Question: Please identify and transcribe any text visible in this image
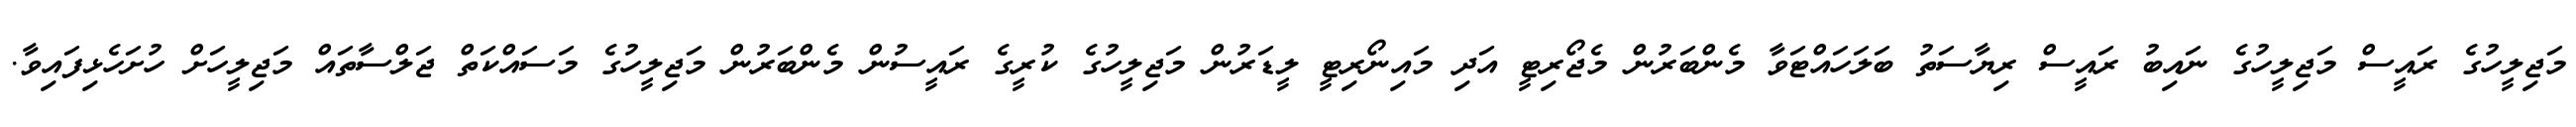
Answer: މަޖިލީހުގެ ރައީސް މަޖިލީހުގެ ނައިބު ރައީސް ރިޔާސަތު ބަލަހައްޓަވާ މެންބަރުން މެޖޯރިޓީ އަދި މައިނޯރިޓީ ލީޑަރުން މަޖިލީހުގެ ކުރީގެ ރައީސުން މެންބަރުން މަޖިލީހުގެ މަސައްކަތް ޖަލްސާތައް މަޖިލީހަށް ހުށަހެޅިފައިވާ.